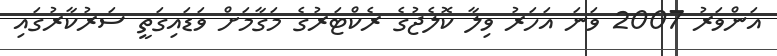
އަންވަރު 2007 ވަނަ އަހަރު ވިލާ ކޮލެޖުގެ ރެކްޓަރުގެ މަގާމަށް ވަޑައިގަތީ ސަރުކާރުގައި